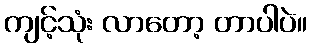
ကျင့်သုံး လာတော့ တာပါပဲ။